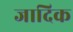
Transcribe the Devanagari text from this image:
जादिक